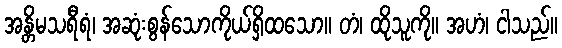
အန္တိမသရီရံ၊ အဆုံးစွန်သောကိုယ်ရှိထသော။ တံ၊ ထိုသူကို။ အဟံ၊ ငါသည်။